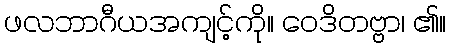
ဖလဘာဂီယအကျင့်ကို။ ဝေဒိတဗ္ဗာ၊ ၏။